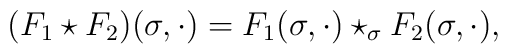
(F_1\star F_2)(\sigma,\cdot)=F_1(\sigma,\cdot)\star_\sigma F_2(\sigma,\cdot),